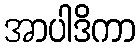
အာပါဒိကာ